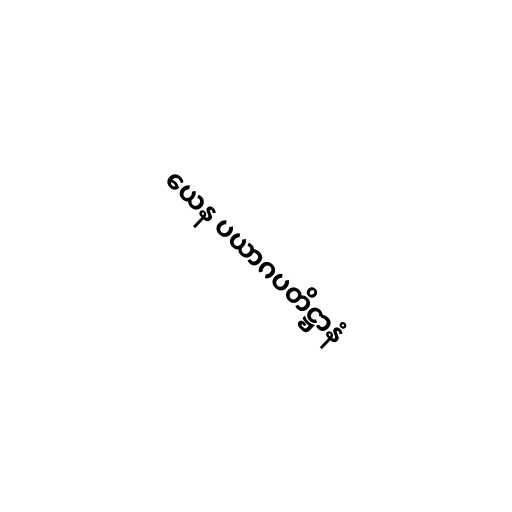
ယေန ပယာဂပတိဋ္ဌာနံ